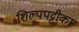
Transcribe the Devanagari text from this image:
शिल्पपट्टीका